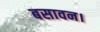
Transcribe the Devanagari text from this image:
बसावन।